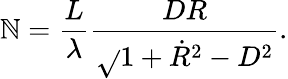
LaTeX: \mathbb{N}=\frac{{L}}{{\lambda}}\frac{{DR}}{{\sqrt{}{{1+\dot{{R}}^{2}-D^{2}}}}}.